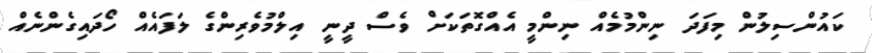
ކައުންސިލުން މިފަދަ ނިންމުމެއް ނިންމީ އެއްގޮތަކަށް ވެސް ދީނީ އިލްމުވެރިންގެ ލަފައެއް ހޯދައިގެންނެއް